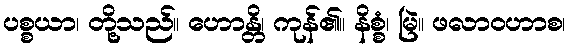
ပစ္စယာ၊ တို့သည်။ ဟောန္တိ၊ ကုန်၏။ နိစ္စံ၊ မြဲ။ ဖလာဝဟာစ၊